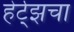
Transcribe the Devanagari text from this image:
हेर्ट्झचा